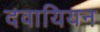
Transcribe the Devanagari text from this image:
दवायियन